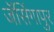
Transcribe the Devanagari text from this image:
जॅसिंगापुर